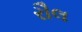
રૌલ